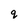
Character: q